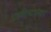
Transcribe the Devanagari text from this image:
प्राणीमात्रांवर